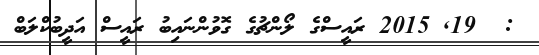
:  19